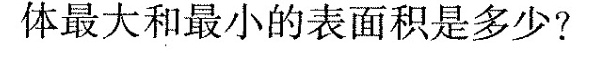
体最大和最小的表面积是多少?